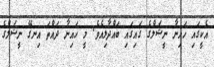
އެކީގައި ހައިނާ ނީޝަލްގެ ގައިގައި ބައްދާލިއެވެ. މީ ހައިނާ ދައްތަ އިނގޭ ނީޝަލްގެ